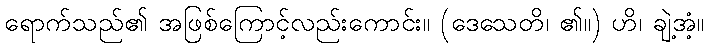
ရောက်သည်၏ အဖြစ်ကြောင့်လည်းကောင်း။ (ဒေသေတိ၊ ၏။) ဟိ၊ ချဲ့အံ့။